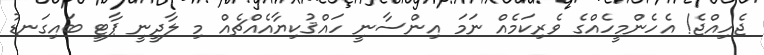
ޖެހިއްޖެ! އެެހެންމީހެއްގެ ވެރިކަމެއް ނަމަ އިންސާނީ ހައްޤުކިޔާއެއްޗެއް މި ލާދީނީ ޕާޓީ ބައިގަނޑު